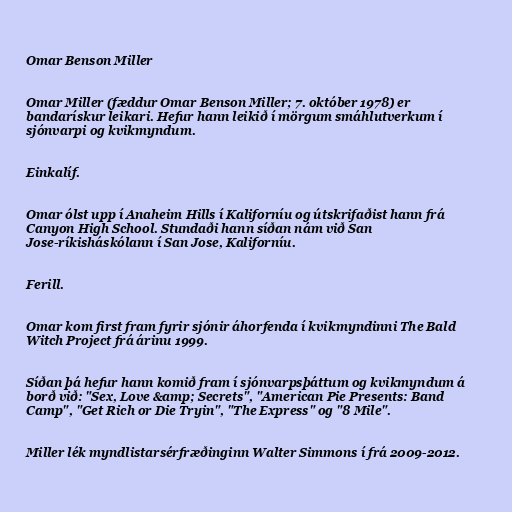
Omar Benson Miller

Omar Miller (fæddur Omar Benson Miller; 7. október 1978) er
bandarískur leikari. Hefur hann leikið í mörgum smáhlutverkum í
sjónvarpi og kvikmyndum.

Einkalíf.

Omar ólst upp í Anaheim Hills í Kaliforníu og útskrifaðist hann frá
Canyon High School. Stundaði hann síðan nám við San
Jose-ríkisháskólann í San Jose, Kaliforníu.

Ferill.

Omar kom first fram fyrir sjónir áhorfenda í kvikmyndinni The Bald
Witch Project frá árinu 1999.

Síðan þá hefur hann komið fram í sjónvarpsþáttum og kvikmyndum á
borð við: "Sex, Love &amp; Secrets", "American Pie Presents: Band
Camp", "Get Rich or Die Tryin", "The Express" og "8 Mile".

Miller lék myndlistarsérfræðinginn Walter Simmons í frá 2009-2012.